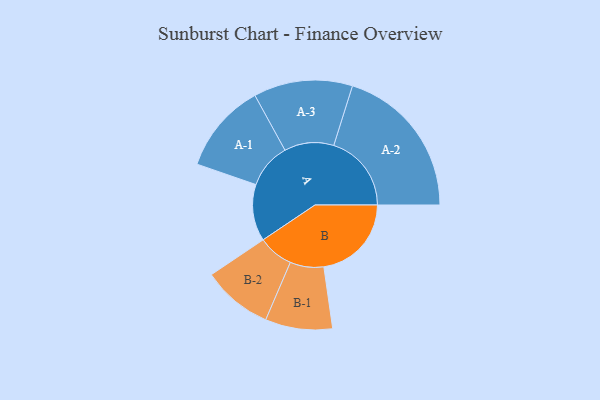
{"axis": {"x": "Segment", "y": "Value"}, "legend": ["", "A", "B"], "data": [{"x": "A", "y": 211, "type": ""}, {"x": "B", "y": 326, "type": ""}, {"x": "A-1", "y": 168, "type": "A"}, {"x": "A-2", "y": 289, "type": "A"}, {"x": "A-3", "y": 184, "type": "A"}, {"x": "B-1", "y": 125, "type": "B"}, {"x": "B-2", "y": 131, "type": "B"}]}